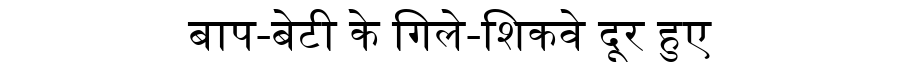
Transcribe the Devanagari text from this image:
बाप-बेटी के गिले-शिकवे दूर हुए